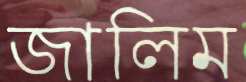
জালিম